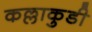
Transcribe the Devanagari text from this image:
कल्लाकुडी